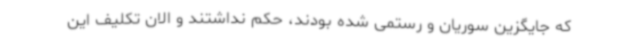
که جایگزین سوریان و رستمی شده بودند، حکم نداشتند و الان تکلیف این